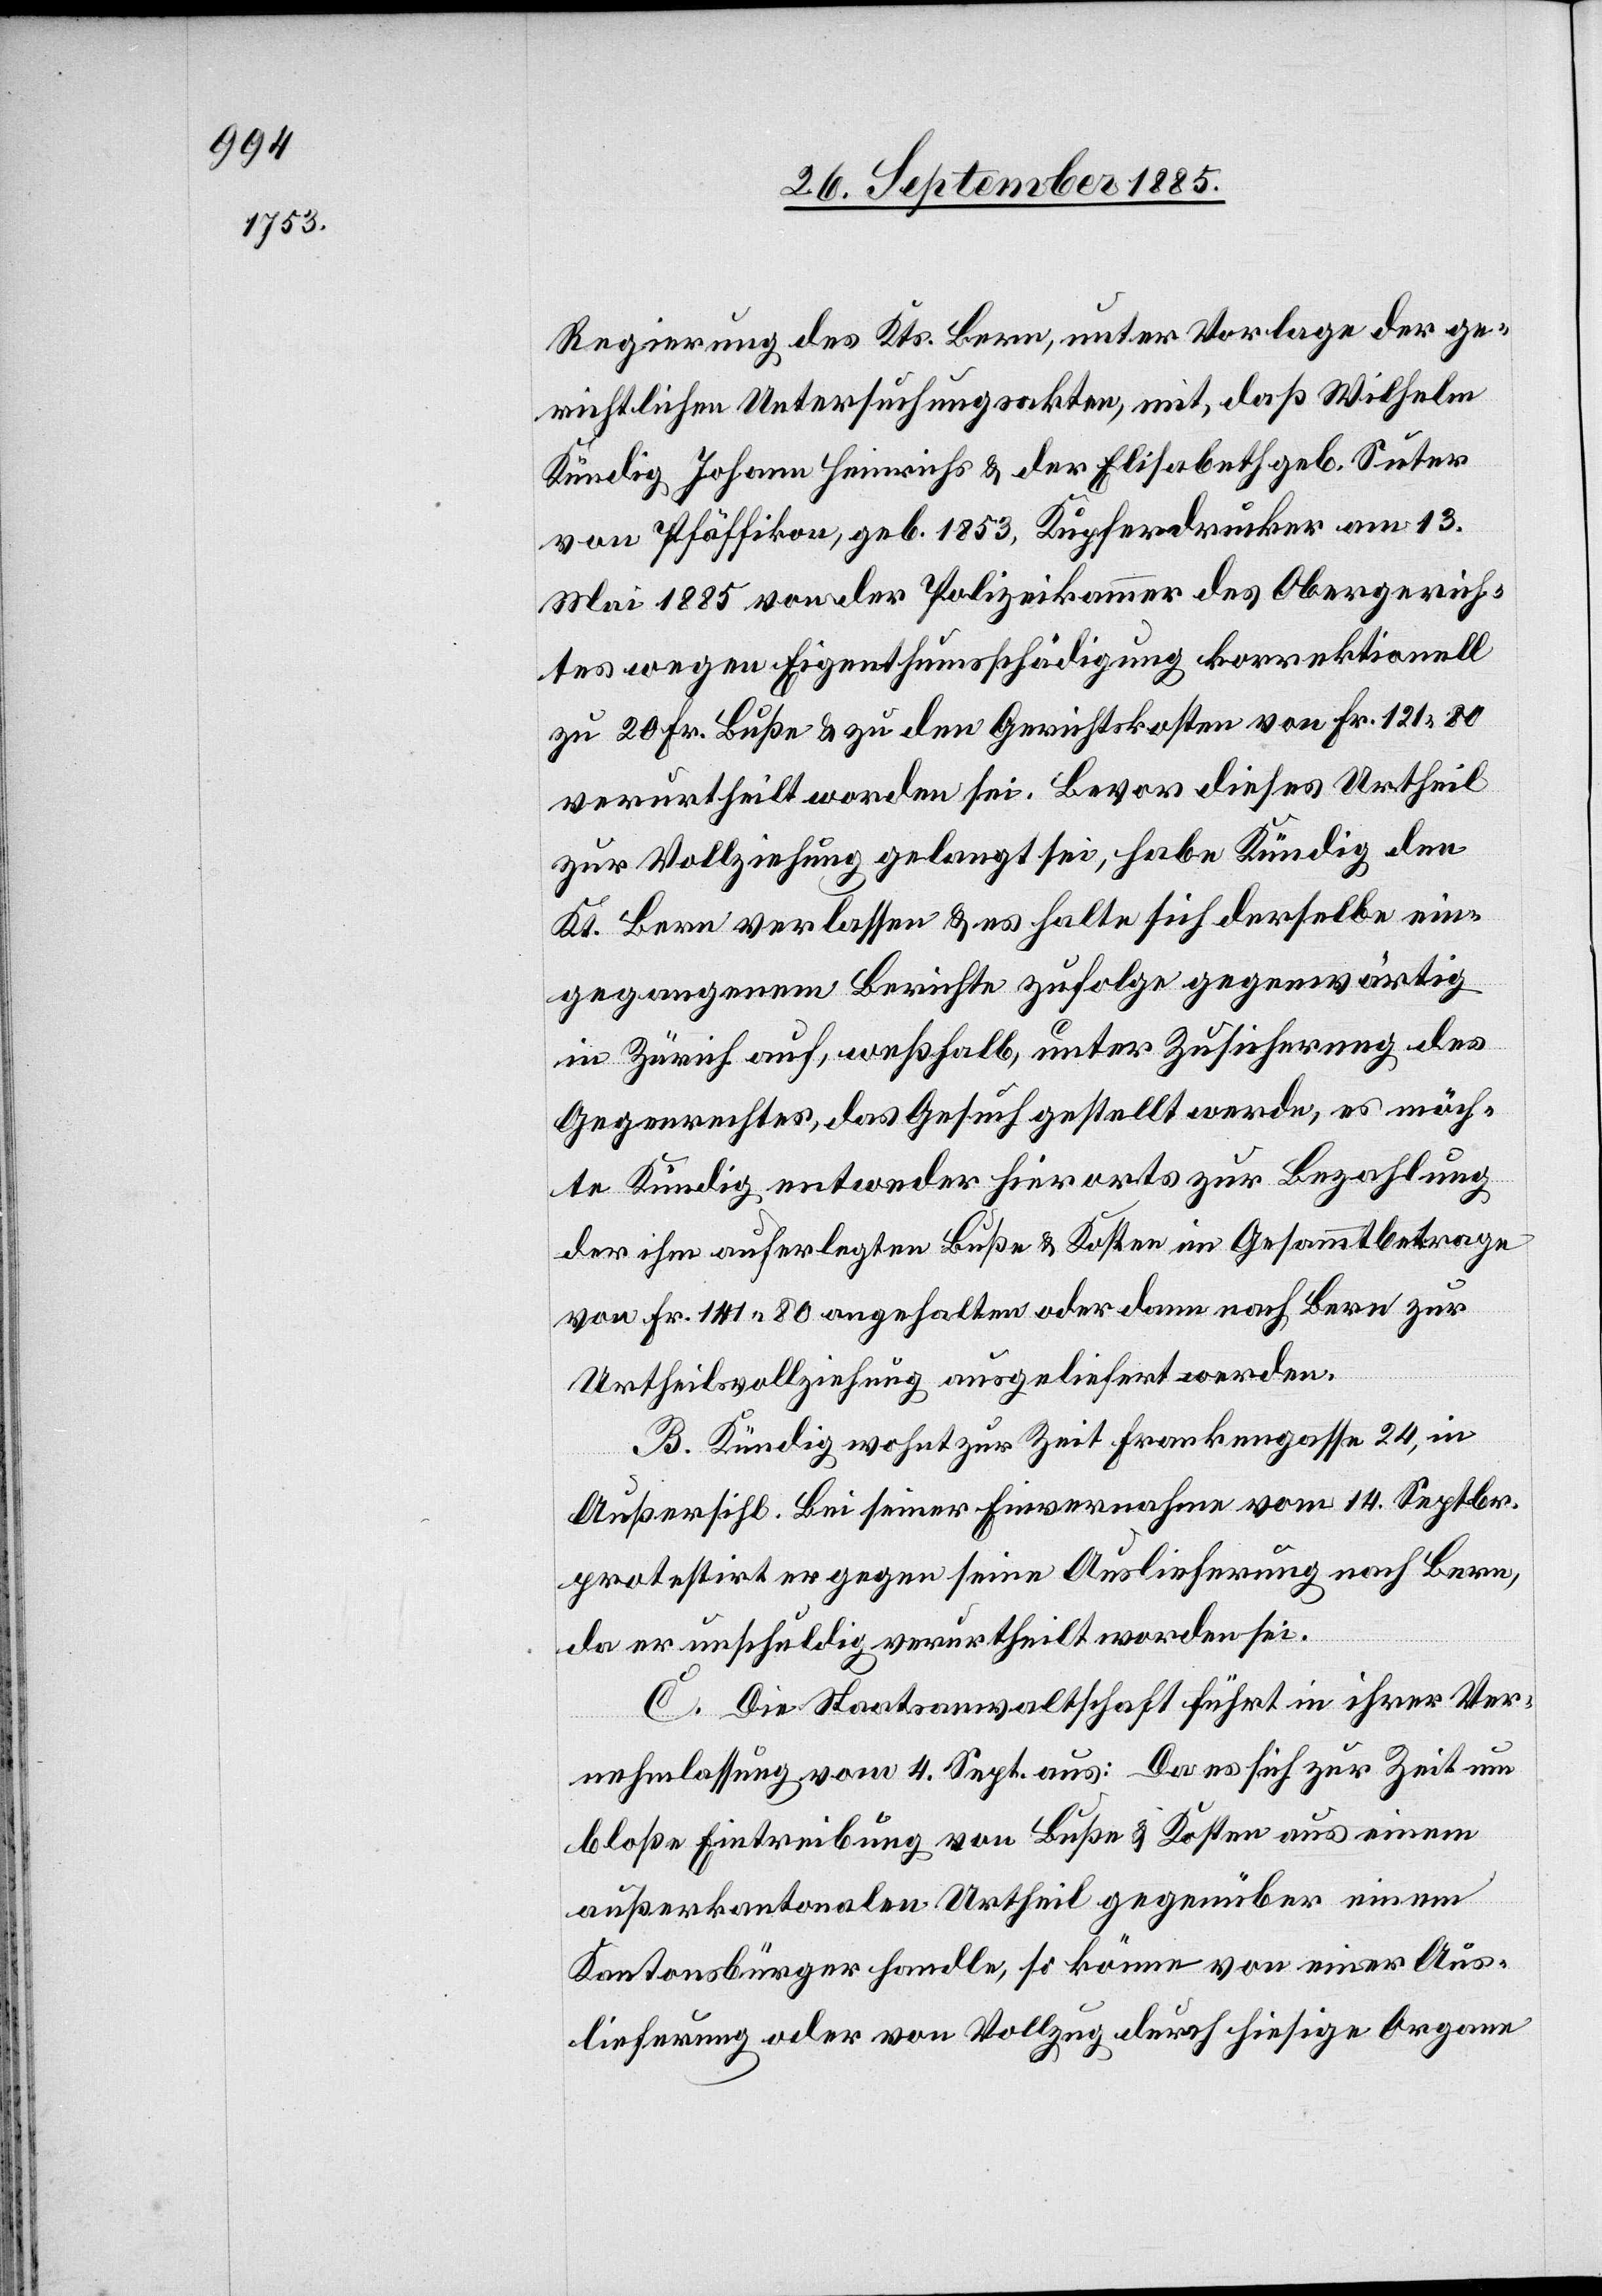
Regierung des Kts. Bern, unter Vorlage der ge¬
richtlichen Untersuchungsakten, mit, daß Wilhelm
Kündig Johann Heinrichs & der Elisabeth geb. Suter
von Pfäffikon, geb. 1853, Kupferdrucker am 13.
Mai 1885 von der Polizeikammer des Obergerich¬
tes wegen Eigenthumsschädigung korrektionell
zu 20 Fr. Buße & zu den Gerichtskosten von Fr. 121 80
verurtheilt worden sei. Bevor dieses Urtheil
zur Vollziehung gelangt sei, habe Kündig den
Kt. Bern verlassen & es halte sich derselbe ein¬
gegangenem Berichte zufolge gegenwärtig
in Zürich auf, weßhalb, unter Zusicherung des
Gegenrechtes, das Gesuch gestellt werde, es möch¬
te Kündig entweder hierorts zur Bezahlung
der ihm auferlegten Buße & Kosten im Gesammtbetrage
von Fr. 141 80 angehalten oder dann nach Bern zur
Urtheilsvollziehung ausgeliefert werden.
B. Kündig wohnt zur Zeit Frankengasse 24, in
Außersihl. Bei seiner Einvernahme vom 14. Septbr.
protestirt er gegen seine Auslieferung nach Bern,
da er unschuldig verurtheilt worden sei.
C. Die Staatsanwaltschaft führt in ihrer Ver¬
nehmlassung vom 4. Sept. aus: Da es sich zur Zeit um
bloße Eintreibung von Buße & Kosten aus einem
außerkantonalen Urtheil gegenüber einem
Kantonsbürger handle, so könne von einer Aus¬
lieferung oder von Vollzug durch hiesige Organe